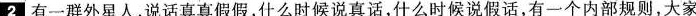
2 有一群外星人，说话真真假假，什么时候说真话，什么时候说假话，有一个内部规则，大家